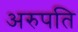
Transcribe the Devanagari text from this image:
अरुपति